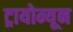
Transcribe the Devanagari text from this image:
ट्रायोम्यून